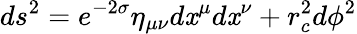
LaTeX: ds^{2}=e^{-2\sigma}\eta_{\mu\nu}d\mathit{x}^{\mu}d\mathit{x}^{\nu}+r_{c}^{2}d\phi^{2}